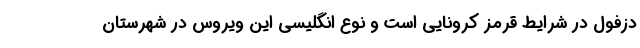
دزفول در شرایط قرمز کرونایی است و نوع انگلیسی این ویروس در شهرستان